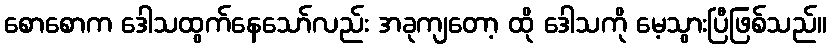
စောစောက ဒေါသထွက်နေသော်လည်း အခုကျတော့ ထို ဒေါသကို မေ့သွားပြီဖြစ်သည်။